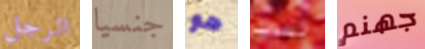
الرجل جنسيا هو لست جهنم